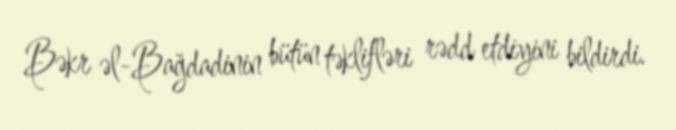
Bəkr əl-Bağdadinin bütün təklifləri rədd etdiyini bildirdi.